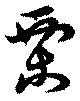
栗